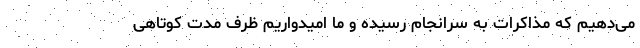
می‌دهیم که مذاکرات به سرانجام رسیده و ما امیدواریم ظرف مدت کوتاهی